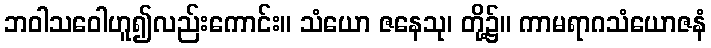
ဘဝါသဝေါဟူ၍လည်းကောင်း။ သံယော ဇနေသု၊ တို့၌။ ကာမရာဂသံယောဇနံ